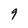
Character: 9